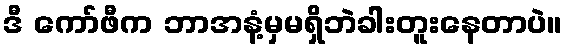
ဒီ ကော်ဖီက ဘာအနံ့မှမရှိဘဲခါးတူးနေတာပဲ။